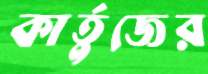
কার্তুজের